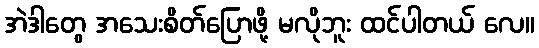
အဲဒါတွေ အသေးစိတ်ပြောဖို့ မလိုဘူး ထင်ပါတယ် လေ။